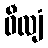
ဝီလျံ